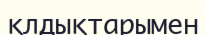
қлдықтарымен